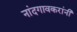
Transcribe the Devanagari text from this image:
नांदगावकरांनी